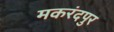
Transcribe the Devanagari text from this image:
मकरंदपुर